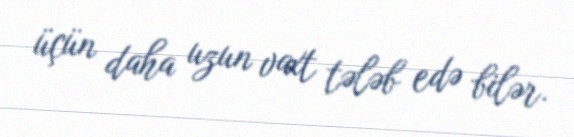
üçün daha uzun vaxt tələb edə bilər.